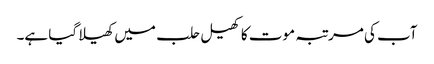
آب کی مرتبہ موت کا کھیل حلب میں کھیلا گیا ہے۔